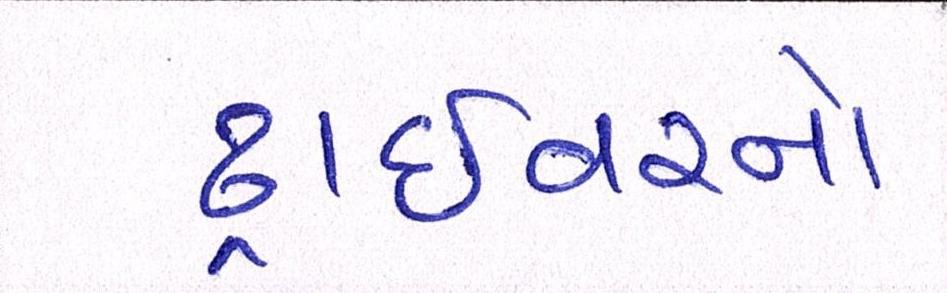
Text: ડ્રાઇવરનો